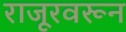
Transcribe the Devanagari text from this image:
राजूरवरून